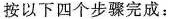
按以下四个步骤完成：